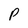
Character: P